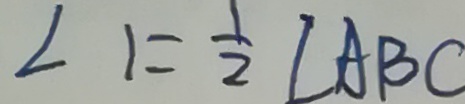
\angle 1 = \frac { 1 } { 2 } \angle A B C